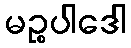
မဉ္စပါဒေါ